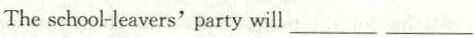
The school-leavers' party will ___ ___